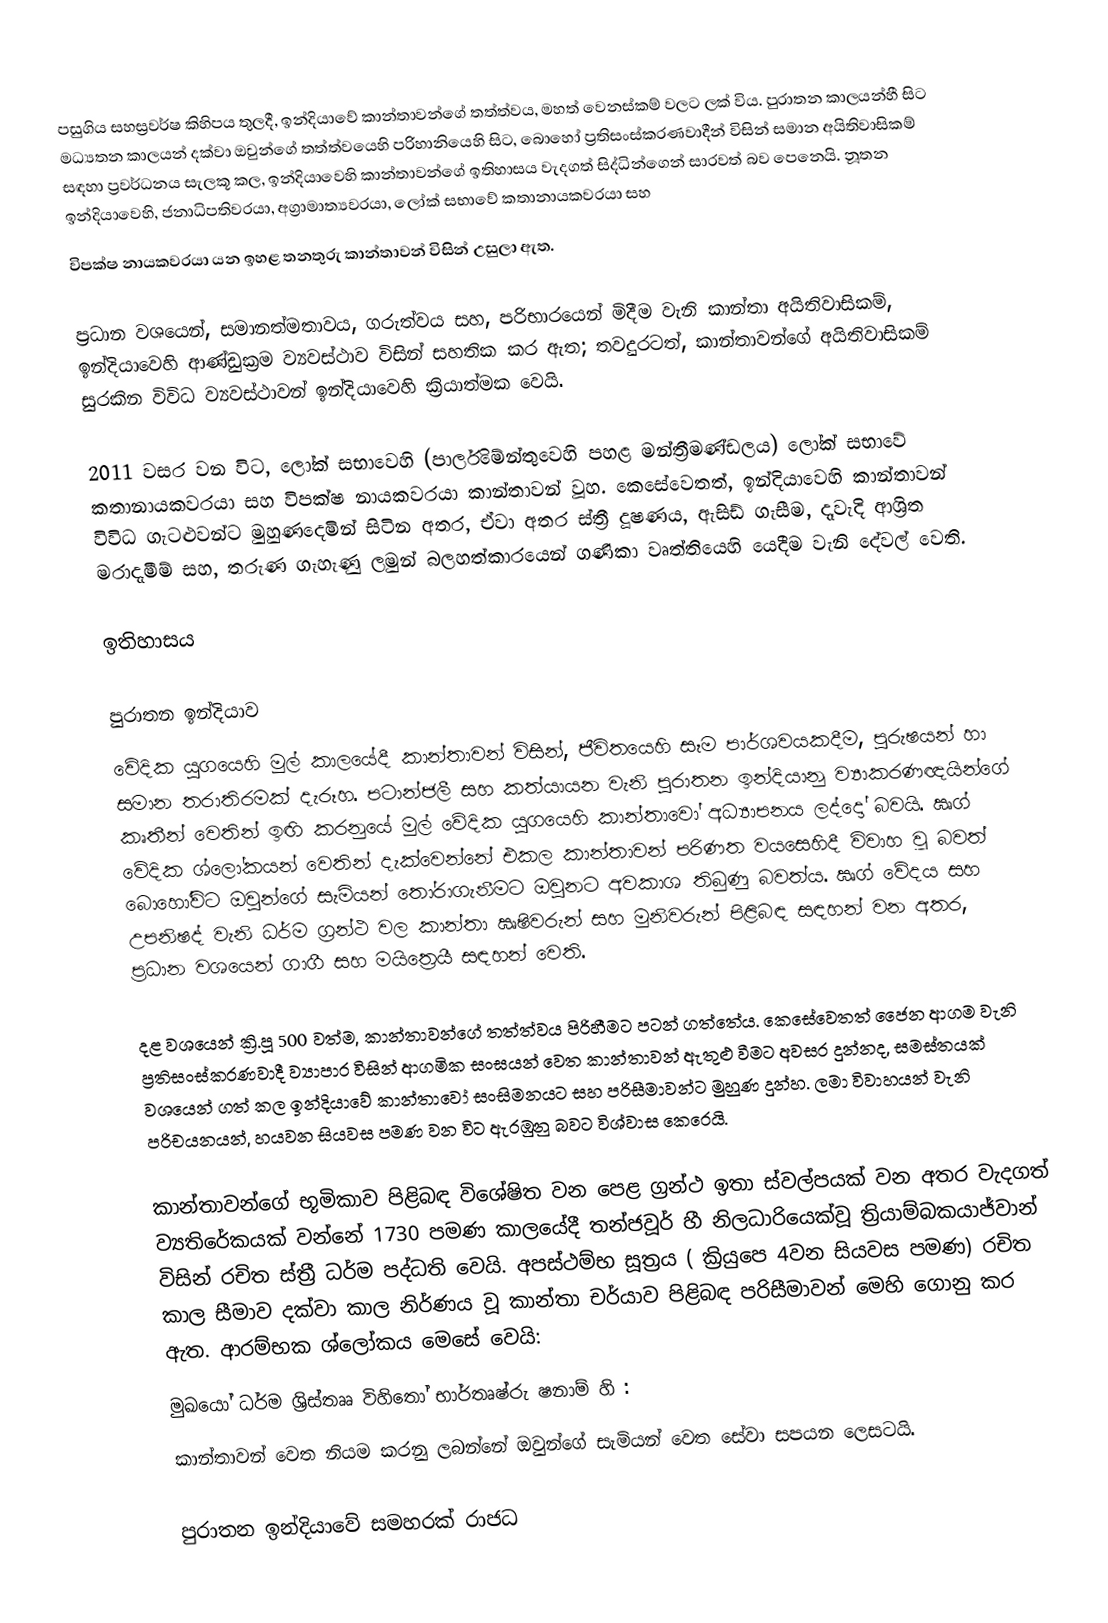
පසුගිය සහස්‍රවර්ෂ කිහිපය තුලදී, ඉන්දියාවේ කාන්තාවන්ගේ තත්ත්වය,  මහත් වෙනස්කම් වලට ලක් විය. පුරාතන කාලයන්හී සිට මධ්‍යතන කාලයන් දක්වා ඔවුන්ගේ තත්ත්වයෙහි පරිහානියෙහි සිට, බොහෝ ප්‍රතිසංස්කරණවාදීන් විසින් සමාන අයිතිවාසිකම් සඳහා ප්‍රවර්ධනය සැලකූ කල, ඉන්දියාවෙහි කාන්තාවන්ගේ ඉතිහාසය වැදගත් සිද්ධින්ගෙන් සාරවත් බව පෙනෙයි. නූතන ඉන්දියාවෙහි, ජනාධිපතිවරයා, අග්‍රාමාත්‍යවරයා, ලෝක් සභාවේ කතානායකවරයා සහ
විපක්ෂ නායකවරයා යන ඉහළ තනතුරු කාන්තාවන් විසින් උසුලා ඇත.

ප්‍රධාන වශයෙන්, සමානත්මතාවය, ගරුත්වය සහ, පරිභාරයෙන් මිදීම වැනි කාන්තා අයිතිවාසිකම්, ඉන්දියාවෙහි ආණ්ඩුක්‍රම ව්‍යවස්ථාව විසින් සහතික කර ඇත; තවදුරටත්, කාන්තාවන්ගේ අයිතිවාසිකම් සුරකින විවිධ ව්‍යවස්ථාවන් ඉන්දියාවෙහි ක්‍රියාත්මක වෙයි.

2011 වසර වන විට,  ලෝක් සභාවෙහි (පාර්ලිමේන්තුවෙහි පහළ මන්ත්‍රීමණ්ඩලය) ලෝක් සභාවේ කතානායකවරයා සහ විපක්ෂ නායකවරයා කාන්තාවන් වූහ. කෙසේවෙතත්, ඉන්දියාවෙහි කාන්තාවන් විවිධ ගැටළුවන්ට මුහුණදෙමින් සිටින අතර, ඒවා අතර ස්ත්‍රී දූෂණය, ඇසිඩ් ගැසීම,  දෑවැදි ආශ්‍රිත මරාදැමීම් සහ, තරුණ ගැහැණු ලමුන් බලහත්කාරයෙන් ගණිකා වෘත්තියෙහි යෙදීම වැනි දේවල් වෙති.

ඉතිහාසය

පුරාතන ඉන්දියාව
වේදික යුගයෙහි මුල් කාලයේදී කාන්තාවන් විසින්, ජීවිතයෙහි සෑම පාර්ශවයකදීම, පුරුෂයන් හා සමාන තරාතිරමක් දැරූහ. පටාන්ජලී සහ කත්යායන වැනි පුරාතන ඉන්දියානු ව්‍යාකරණඥයින්ගේ කෘතීන් වෙතින් ඉඟි කරනුයේ  මුල් වේදික යුගයෙහි කාන්තාවෝ අධ්‍යාපනය ලද්දෝ බවයි. ඍග් වේදික ශ්ලෝකයන් වෙතින් දැක්වෙන්නේ එකල කාන්තාවන් පරිණත වයසෙහිදී විවාහ වූ බවත් බොහෝවිට ඔවුන්ගේ සැමියන් තෝරාගැනීමට ඔවුනට අවකාශ තිබුණු බවත්ය. ඍග් වේදය සහ උපනිෂද් වැනි ධර්ම ග්‍රන්ථ වල කාන්තා ඍෂිවරුන් සහ මුනිවරුන් පිළිබඳ සඳහන් වන අතර, ප්‍රධාන වශයෙන් ගාගී සහ මයිත්‍රෙයී සඳහන් වෙති.

දළ වශයෙන් ක්‍රි.පූ 500 වත්ම, කාන්තාවන්ගේ තත්ත්වය පිරිහීමට පටන් ගත්තේය. කෙසේවෙතත් ජෛන ආගම වැනි ප්‍රතිසංස්කරණවාදී ව්‍යාපාර විසින් ආගමික සංඝයන් වෙත කාන්තාවන් ඇතුළු වීමට අවසර දුන්නද,  සමස්තයක් වශයෙන් ගත් කල ඉන්දියාවේ කාන්තාවෝ සංසිමනයට සහ පරිසීමාවන්ට මුහුණ දුන්හ. ලමා විවාහයන් වැනි පරිචයනයන්, හයවන සියවස පමණ වන විට ඇරඹුනු බවට විශ්වාස කෙරෙයි.

කාන්තාවන්ගේ භූමිකාව පිළිබඳ විශේෂිත වන පෙළ ග්‍රන්ථ ඉතා ස්වල්පයක් වන අතර  වැදගත් ව්‍යතිරේකයක් වන්නේ 1730 පමණ කාලයේදී තන්ජවූර් හී නිලධාරියෙක්වූ ත්‍රියාම්බකයාජ්වාන් විසින් රචිත  ස්ත්‍රී ධර්ම පද්ධති වෙයි. අපස්ථම්භ සූත්‍රය ( ක්‍රියුපෙ 4වන සියවස පමණ) රචිත කාල සීමාව දක්වා කාල නිර්ණය වූ කාන්තා චර්යාව පිළිබඳ පරිසීමාවන් මෙහි ගොනු කර ඇත. ආරම්භක ශ්ලෝකය මෙසේ වෙයි:
 මුඛයෝ ධර්ම ශ්‍රිස්තෲ විහිතෝ භාර්තෘෂ්රු ෂනාම් හි :
 කාන්තාවන් වෙත නියම කරනු ලබන්නේ ඔවුන්ගේ සැමියන් වෙත සේවා සපයන ලෙසටයි.

පුරාතන ඉන්දියාවේ සමහරක් රාජධ